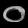
Digit: ၀